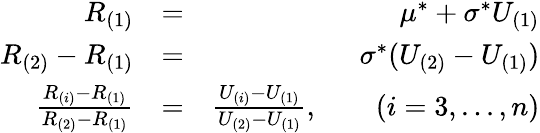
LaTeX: \begin{array}{rlr}{R_{(1)}}&{=}&{\mu^{*}+\sigma^{*}U_{(1)}}\\ {R_{(2)}-R_{(1)}}&{=}&{\sigma^{*}(U_{(2)}-U_{(1)})}\\ {\frac{R_{(i)}-R_{(1)}}{R_{(2)}-R_{(1)}}}&{=}&{\frac{U_{(i)}-U_{(1)}}{U_{(2)}-U_{(1)}},\qquad(i=3,...,n)}\end{array}